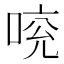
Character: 𠵷